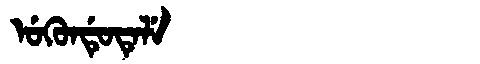
Manchu: ᡠᡴᡠᠨᡩᡠᡨᡝᠯᡝ
Romanization: UKUNDUTELE